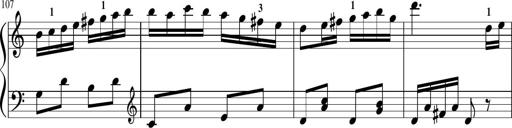
Title: Sonatina in G major
Composer: Friedrich Kuhlau
Key: G major